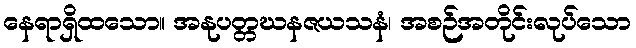
နေရာရှိထသော။ အနုပတ္တဃနဇယသနံ၊ အစဉ်အတိုင်းလုပ်သော